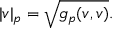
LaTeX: | v | _ { p } = { \sqrt { g _ { p } ( v , v ) } } .